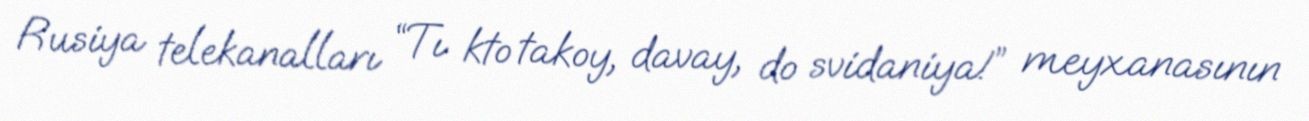
Rusiya telekanalları “Tı kto takoy, davay, do svidaniya!” meyxanasının